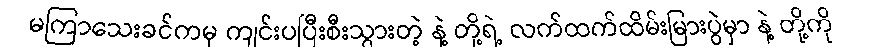
မကြာသေးခင်ကမှ ကျင်းပပြီးစီးသွားတဲ့ နဲ့ တို့ရဲ့ လက်ထက်ထိမ်းမြားပွဲမှာ နဲ့ တို့ကို